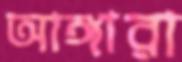
আঙ্গারা